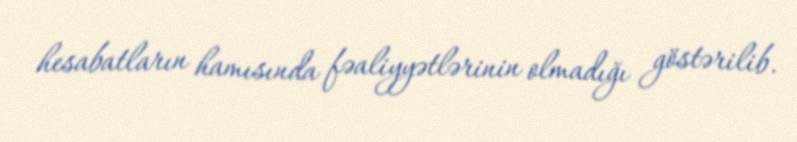
hesabatların hamısında fəaliyyətlərinin olmadığı göstərilib.